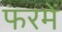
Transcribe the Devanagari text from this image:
फरमें